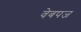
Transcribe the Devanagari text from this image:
वेबपज